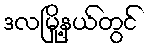
ဒလမြို့နယ်တွင်